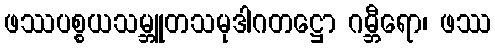
ဖဿပစ္စယသမ္ဘူတသမုဒါဂတဋ္ဌော ဂမ္ဘီရော၊ ဖဿ